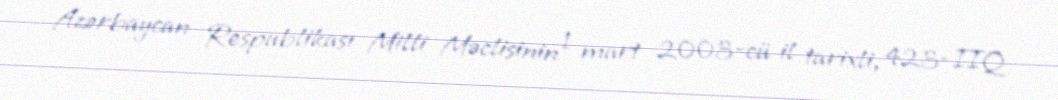
Azərbaycan Respublikası Milli Məclisinin 1 mart 2003-cü il tarixli, 423-IIQ